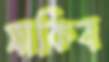
সাকিব